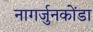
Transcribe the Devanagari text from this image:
नागर्जुनकोंडा